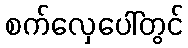
စက်လှေပေါ်တွင်